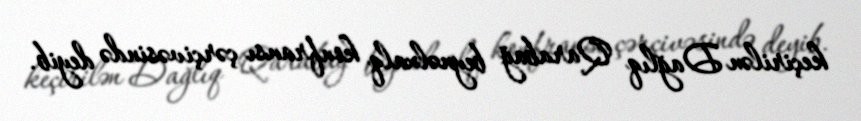
keçirilən Dağlıq Qarabağ beynəlxalq konfransı çərçivəsində deyib.